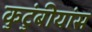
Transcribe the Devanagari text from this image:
कुटुंबीयांस